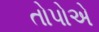
તોપોએ